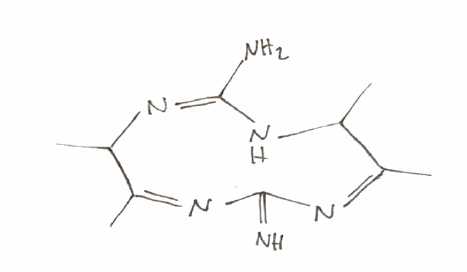
Simplified molecular-input line-entry system (SMILES) notation of the given molecule:
CC1/C(=N\C(=N)/N=C(\C(N=C(N1)N)C)/C)/C